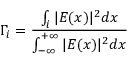
\Gamma _ { i } = \frac { \int _ { i } ^ { } | E ( x ) | ^ { 2 } d x } { \int _ { - \infty } ^ { + \infty } | E ( x ) | ^ { 2 } d x }